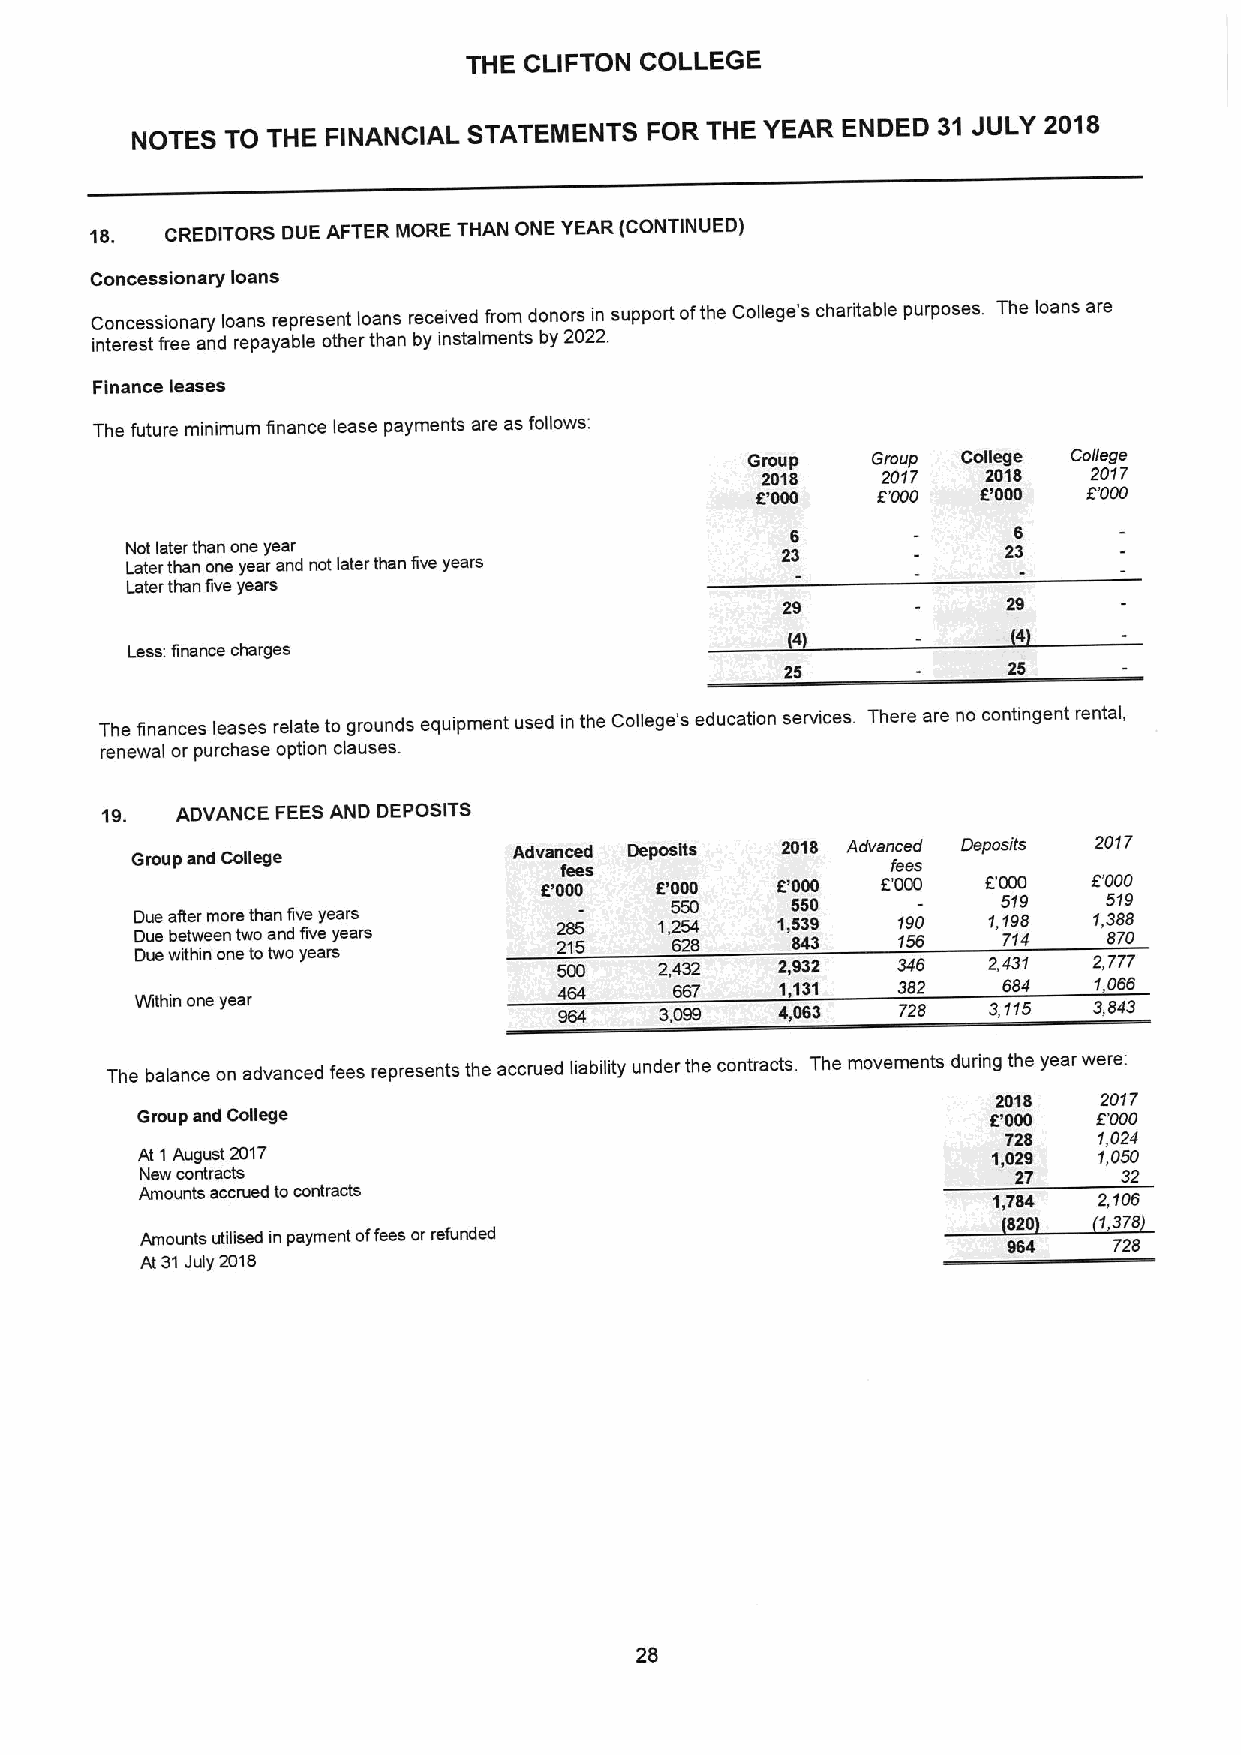
THE CLIFTON COLLEGE
 NOTES TO THE FINANCIAL STATEMENTS FOR THE YEAR ENDED 31 JULY 2018
 18.  CREDITORS DUE AFTER MORE THAN ONE YEAR (CONTINUED)
 Concessionary loans
 Concessionary loans represent loans received from donors in support ofthe Cofiege's charitable purposes. The loans are
 interest free and repayable other than by instalments by 2022.
 Finance leases
 The future minimum finance lease payments are as follows:
 Group    Group College College
 2018    2017   2018   2017
 E'000   8000   E'000  EOOO
 6              6
 Not later than one year                     23            23
 Later than one year and not later than five years
 Later than five years
 29
 Less:finance charges
 25             25
 The finances leases relate to grounds equipment used in the College's education services. There are no contingent rental,
 renewal or purchase option clauses.
 19.  ADVANCE FEESAND DEPOSITS
 Advanced Deposits 2018 Advanced Deposits 2017
 Group and College           fees                  fees
 E'000  E'000   E'000  E'000  EOOO   E'000
 550     550           519    519
 D Du ue e a bf et te wr em enore twt oha sn ndfiv fe iveye ya er as rs 2 28 15
 5
 1,2 65 24
 8
 1,5 843 39 1 159 60 1,1 719 48 1,3 88 78 0
 Due within one totwo years  500    2,432  2,932   346   2431   2,777
 464     667    1131   382    684   1066
 Within one year             964    3,099  4063    728   3,115  3,843
 The balance on advanced fees represents the accrued liability under the contracts. The movements during the year were:
 2018   2017
 Group and College                                       E'000   8000
 728    1,024
 At 1August 2017                                          1,029  1,050
 New contracts                                             27     32
 Amounts accrued tocontracts                              1,784  2 106
 820   1378
 Amounts utilised in payment offees or refunded                   728
 At 31July 2018
 25